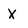
Character: X